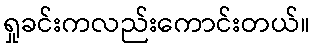
ရှုခင်းကလည်းကောင်းတယ်။